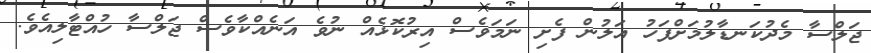
ޖަލްސާ މެދުކަނޑާލުމަށްފަހު އަލުން ފެށި ނަމަވެސް އިރުކޮޅެއް ނުވެ އަނެއްކާވެސް ޖަލްސާ ހުއްޓާލިއެވެ.